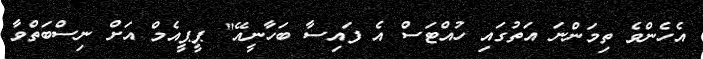
އެހެންވެ ތިމަންނަ އަތުގައި ހުއްޓަސް އެ ފައިސާ ބަހާނީއޭ" ޕީޕީއެމް އަށް ނިސްބަތްވާ